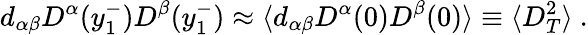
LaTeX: d_{\alpha\beta}D^{\alpha}(y_{1}^{-})D^{\beta}(y_{1}^{-})\approx\langle d_{\alpha\beta}D^{\alpha}(0)D^{\beta}(0)\rangle\equiv\langle D_{T}^{2}\rangle\ .